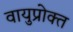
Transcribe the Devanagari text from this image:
वायुप्रोक्त